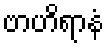
ဗာဟိရာနံ